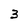
Character: 3